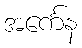
အင်္ကေန